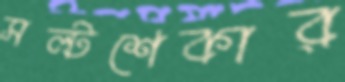
সল্টশেকার